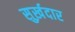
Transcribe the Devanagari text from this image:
सुर्ख़दार